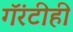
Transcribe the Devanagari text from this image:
गॅरंटीही